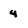
Character: 4